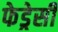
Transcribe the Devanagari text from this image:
फेड्रेसी